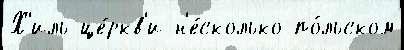
Х'иль це́ркв'и н'е́сколько по́льском